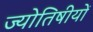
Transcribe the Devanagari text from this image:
ज्योतिषीयों